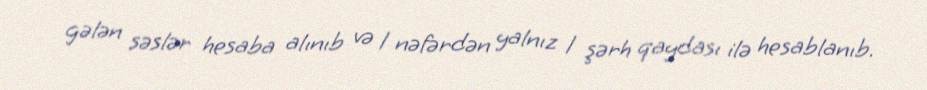
gələn səslər hesaba alınıb və 1 nəfərdən yalnız 1 şərh qaydası ilə hesablanıb.